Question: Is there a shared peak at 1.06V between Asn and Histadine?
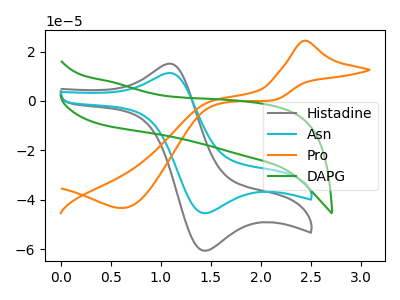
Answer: <think>The gray curve "Histadine" has an anodic peak at (1.05V, 14.95uA) and a cathodic peak at (1.45V, -60.65uA). The cyan curve "Asn" has an anodic peak at (1.05V, 11.20uA) and a cathodic peak at (1.45V, -45.45uA). The orange curve "Pro" has an anodic peak at (2.45V, 24.40uA) and a cathodic peak at (0.60V, -43.40uA). The green curve "DAPG" has no peaks.</think>
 <answer>Yes, "Asn" and "Histadine" share a peak at 1.06V.</answer>
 <eval>match</eval>